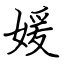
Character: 媛